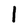
Character: l